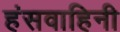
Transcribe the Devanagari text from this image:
हंसवाहिनी